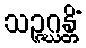
သဉ္ဇဂ္ဃန္တိံ